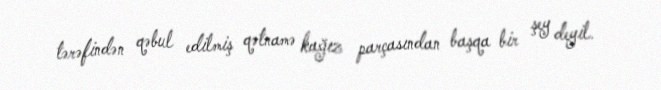
tərəfindən qəbul edilmiş qətnamə kağız parçasından başqa bir şey deyil.